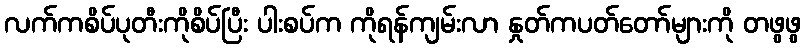
လက်ကစိပ်ပုတီးကိုစိပ်ပြီး ပါးစပ်က ကိုရန်ကျမ်းလာ နှုတ်ကပတ်တော်များကို တဖွဖွ